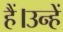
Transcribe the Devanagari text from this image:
हैं।उन्हें